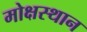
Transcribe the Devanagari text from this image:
मोक्षस्थान